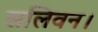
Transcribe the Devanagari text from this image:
सलिवन।